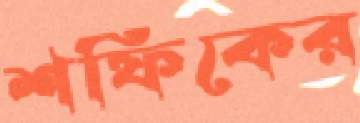
শফিকের